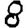
Digit: 8